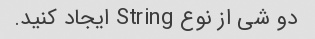
دو شی از نوع String ایجاد کنید.